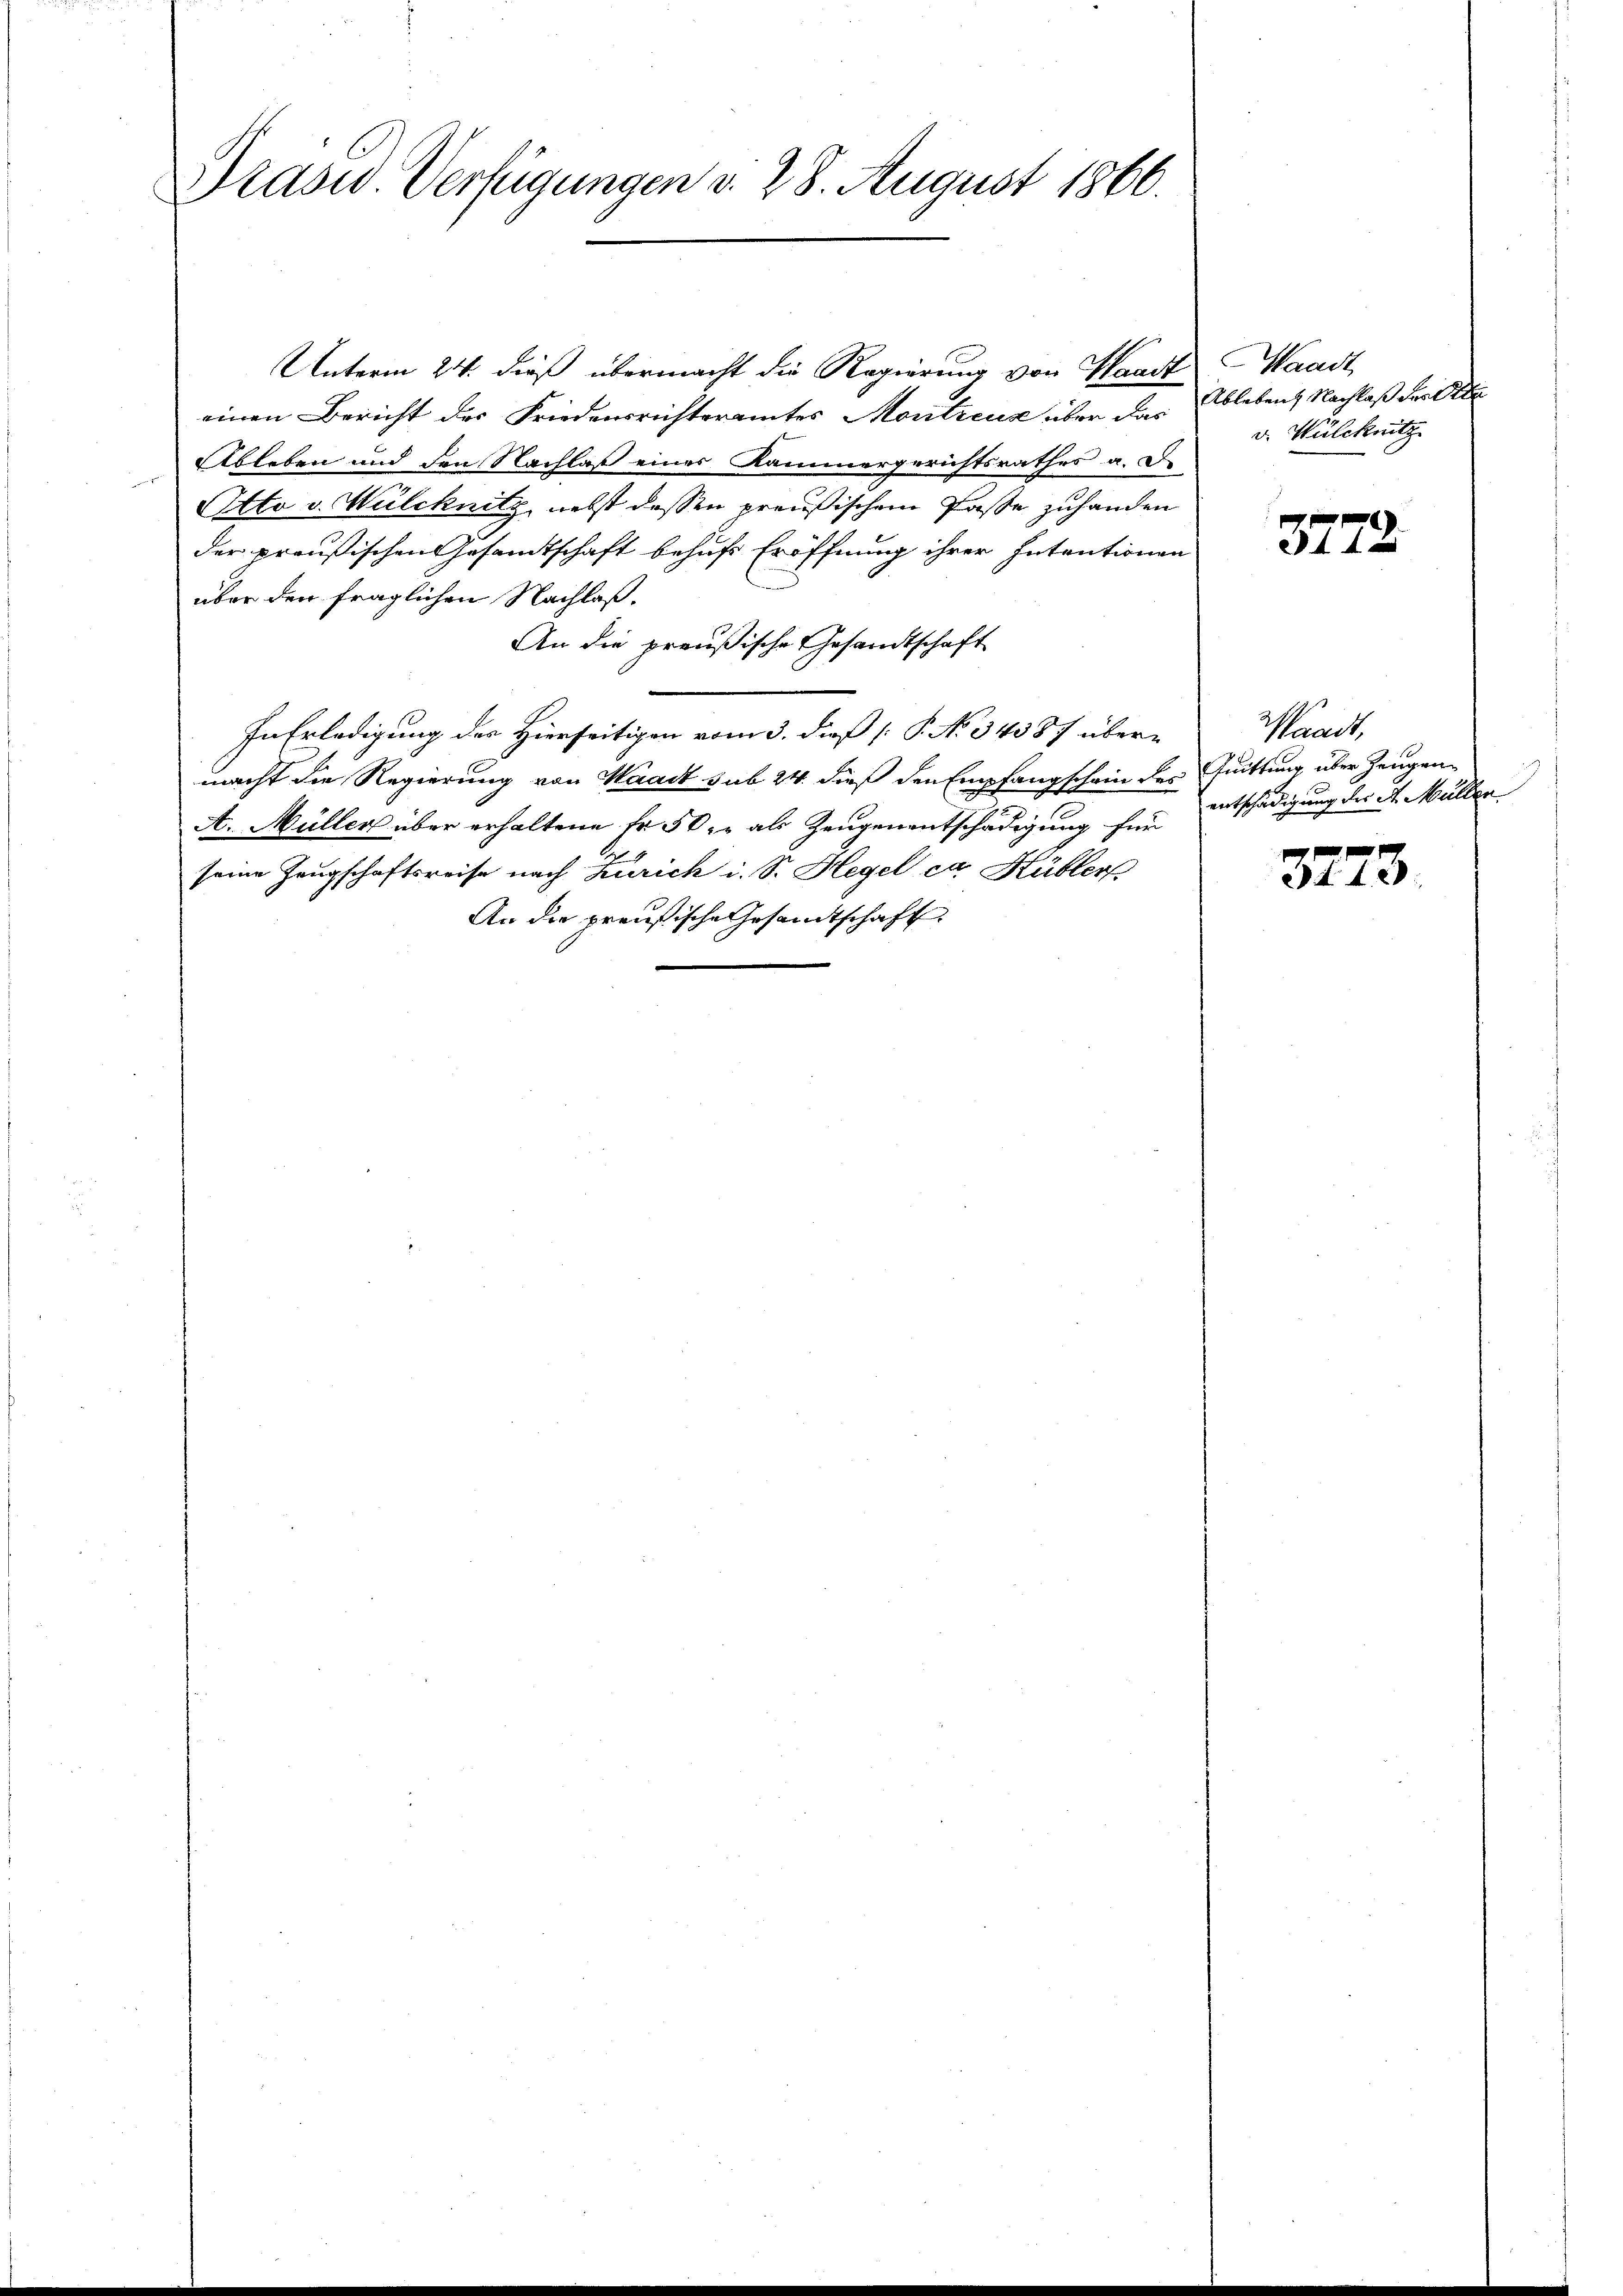
Präsid. Verfügungen d. 28. August 1866.

Unterm 24. dieß übermacht die Regierung von Waadt
einen Bericht der Friedensrichteramtes Montreuz über das Ablebens Nachlaß der Ada¬
Ableben und den Nachlaß eines Kammergerichtsrathes a. D.
Atto v. Wulcknitz, nebst dessen preußischem Pässe zuhanden
der preußischen Gesamtschaft behufs Eröffnung ihrer Intentionen
über den fraglichen Nachlaß.
An die preußische Gesandtschaft
In Erledigung des Hierseitigen vom 3. dieß P. No. 34387 über-
macht die Regierung von Waadt sub 24. dieß den Empfangschein des Quittung über Zeugen
A. Müller über erhaltene Fr. 50, als Zeugenentschädigung für
seine Zeugschaftsreise nach Zürich i. S. Hegel ca Kübler
An die preußische Gesamtschaft

Waadt
v. Wülcknitz

3772

Waadt,
entschädigung der d. Müller

dt 120.